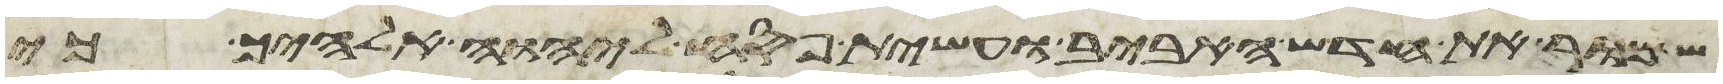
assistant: שמור את חדש האביב ועשית פסח ליהוה אלהיך כי